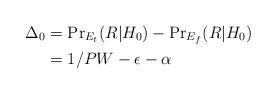
LaTeX: \begin{align*}\Delta_0 &=\mbox{Pr}_{E_t}(R|H_0)-\mbox{Pr}_{E_f}(R|H_0)\\&= 1/PW-\epsilon-\alpha\\\end{align*}